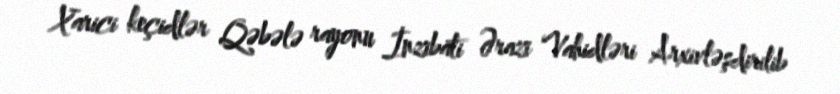
Xarici keçidlər Qəbələ rayonu İnzibati Ərazi Vahidləri Arxivləşdirilib